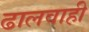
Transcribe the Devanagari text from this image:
ढालवाही